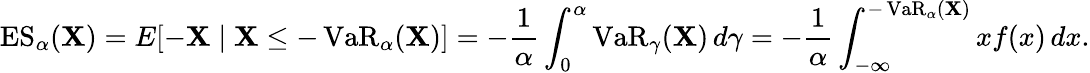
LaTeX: \operatorname{ES}_{\alpha}(\mathbf{X})=E[-\mathbf{X}\mid\mathbf{X}\leq-\operatorname{VaR}_{\alpha}(\mathbf{X})]=-{\frac{{1}}{{\alpha}}}\int_{0}^{\alpha}\operatorname{VaR}_{\gamma}(\mathbf{X})\, d\gamma=-{\frac{{1}}{{\alpha}}}\int_{-\infty}^{-\operatorname{VaR}_{\alpha}(\mathbf{X})}xf(x)\, dx.